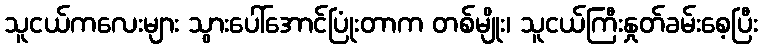
သူငယ်ကလေးများ သွားပေါ်အောင်ပြုံးတာက တစ်မျိုး၊ သူငယ်ကြီးနှုတ်ခမ်းစေ့ပြီး